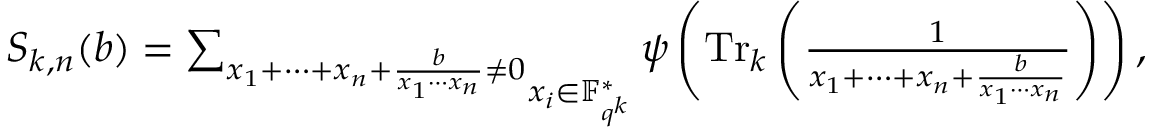
\begin{array} { r } { S _ { k , n } ( b ) = \mathop { \sum _ { x _ { 1 } + \cdots + x _ { n } + \frac { b } { x _ { 1 } \cdots x _ { n } } \neq 0 } } _ { x _ { i } \in \mathbb { F } _ { q ^ { k } } ^ { * } } \psi \left( \operatorname { T r } _ { k } \left( \frac { 1 } { x _ { 1 } + \cdots + x _ { n } + \frac { b } { x _ { 1 } \cdots x _ { n } } } \right) \right) , } \end{array}